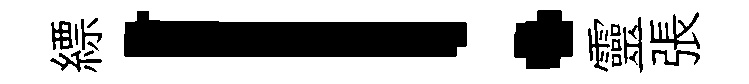
縹！靈張